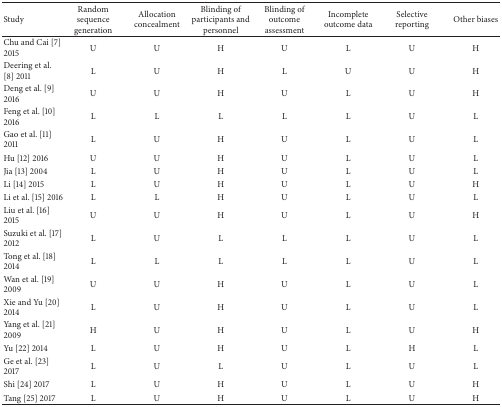
| Study | Random sequence generation | Allocation concealment | Blinding of participants and personnel | Blinding of outcome assessment | Incomplete outcome data | Selective reporting | Other biases |
 | --- | --- | --- | --- | --- | --- | --- | --- |
 | Chu and Cai [7] 2015 | U | U | H | U | L | U | H |
 | Deering et al. [8] 2011 | L | U | H | L | U | U | H |
 | Deng et al. [9] 2016 | U | U | H | U | L | U | H |
 | Feng et al. [10] 2016 | L | L | L | L | L | U | L |
 | Gao et al. [11] 2011 | L | U | H | U | L | U | L |
 | Hu [12] 2016 | U | U | H | U | L | U | L |
 | Jia [13] 2004 | L | U | H | U | L | U | L |
 | Li [14] 2015 | L | U | H | U | L | U | H |
 | Li et al. [15] 2016 | L | L | H | U | L | U | L |
 | Liu et al. [16] 2015 | U | U | H | U | L | U | H |
 | Suzuki et al. [17] 2012 | L | U | L | L | L | U | L |
 | Tong et al. [18] 2014 | L | L | L | L | L | U | L |
 | Wan et al. [19] 2009 | U | U | H | U | L | U | L |
 | Xie and Yu [20] 2014 | L | U | H | U | L | U | L |
 | Yang et al. [21] 2009 | H | U | H | U | L | U | H |
 | Yu [22] 2014 | L | U | H | U | L | H | L |
 | Ge et al. [23] 2017 | L | U | L | U | L | U | L |
 | Shi [24] 2017 | L | U | H | U | L | U | H |
 | Tang [25] 2017 | L | U | H | U | L | U | H |